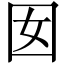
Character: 囡